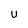
Character: u